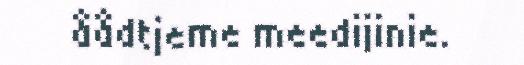
åådtjeme meedijinie.